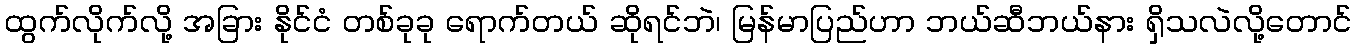
ထွက်လိုက်လို့ အခြား နိုင်ငံ တစ်ခုခု ရောက်တယ် ဆိုရင်ဘဲ၊ မြန်မာပြည်ဟာ ဘယ်ဆီဘယ်နား ရှိသလဲလို့တောင်